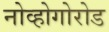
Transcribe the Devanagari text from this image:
नोव्होगोरोड